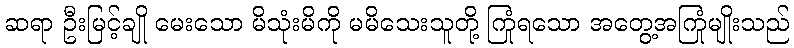
ဆရာ ဦးမြင့်ချို မေးသော မိသုံးမိကို မမိသေးသူတို့ ကြုံရသော အတွေ့အကြုံမျိုးသည်